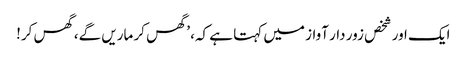
ایک اور شخص زور دار آواز میں کہتا ہے کہ، ’گھس کر ماریں گے، گھس کر!